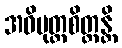
အဓိမုတ္တစိတ္တန္တိ